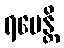
ရမေန္တိ